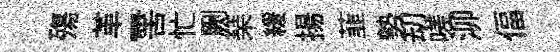
殤革-筈忙劂琹緩揚韮勢刧嗟泖偪